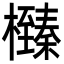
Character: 㰉